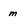
Character: m